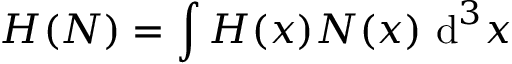
H ( N ) = \int H ( x ) N ( x ) \, \operatorname { d } ^ { 3 } \! x